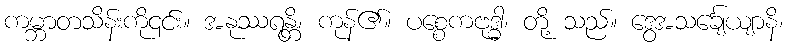
ကမ္ဘာတသိန်းကို၎င်း။ အနုဿရန္တိ၊ ကုန်၏။ ပစ္စေကဗုဒ္ဓါ၊ တို့ သည်။ ဒွေအသင်္ချေယျာနိ၊